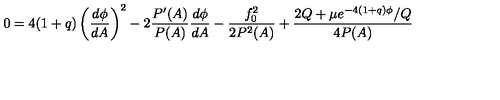
0 = 4 ( 1 + q ) \left( \frac { d \phi } { d A } \right) ^ { 2 } - 2 \frac { P ^ { \prime } ( A ) } { P ( A ) } \frac { d \phi } { d A } - \frac { f _ { 0 } ^ { 2 } } { 2 P ^ { 2 } ( A ) } + \frac { 2 Q + \mu e ^ { - 4 ( 1 + q ) \phi } / Q } { 4 P ( A ) }